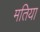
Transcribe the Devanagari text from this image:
मतिया